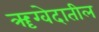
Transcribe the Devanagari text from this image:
ॠग्वेदातील